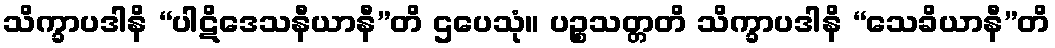
သိက္ခာပဒါနိ “ပါဋိဒေသနီယာနီ”တိ ဌပေသုံ။ ပဉ္စသတ္တတိ သိက္ခာပဒါနိ “သေခိယာနီ”တိ